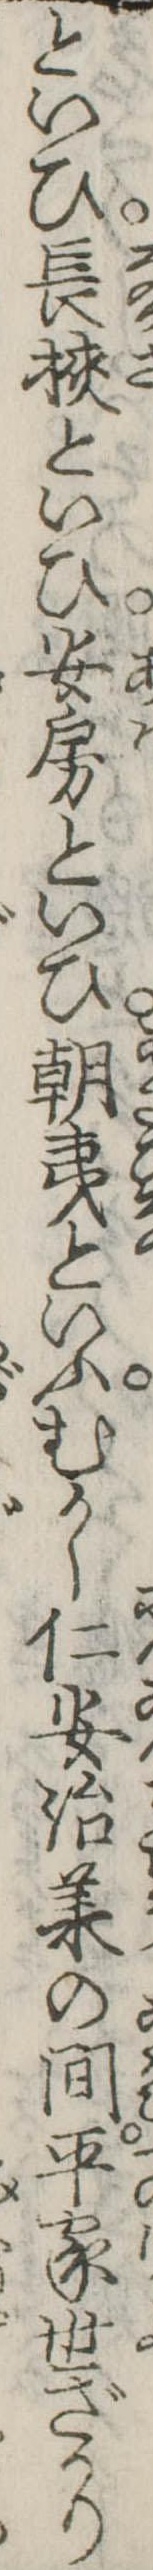
といひ長挟といひ安房といひ朝夷といふむかし仁安治承の間平家世ざかり